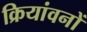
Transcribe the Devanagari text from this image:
क्रियांवनों